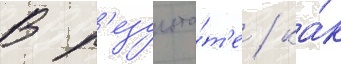
В р'езульта́т'е / ка́к